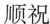
顺祝